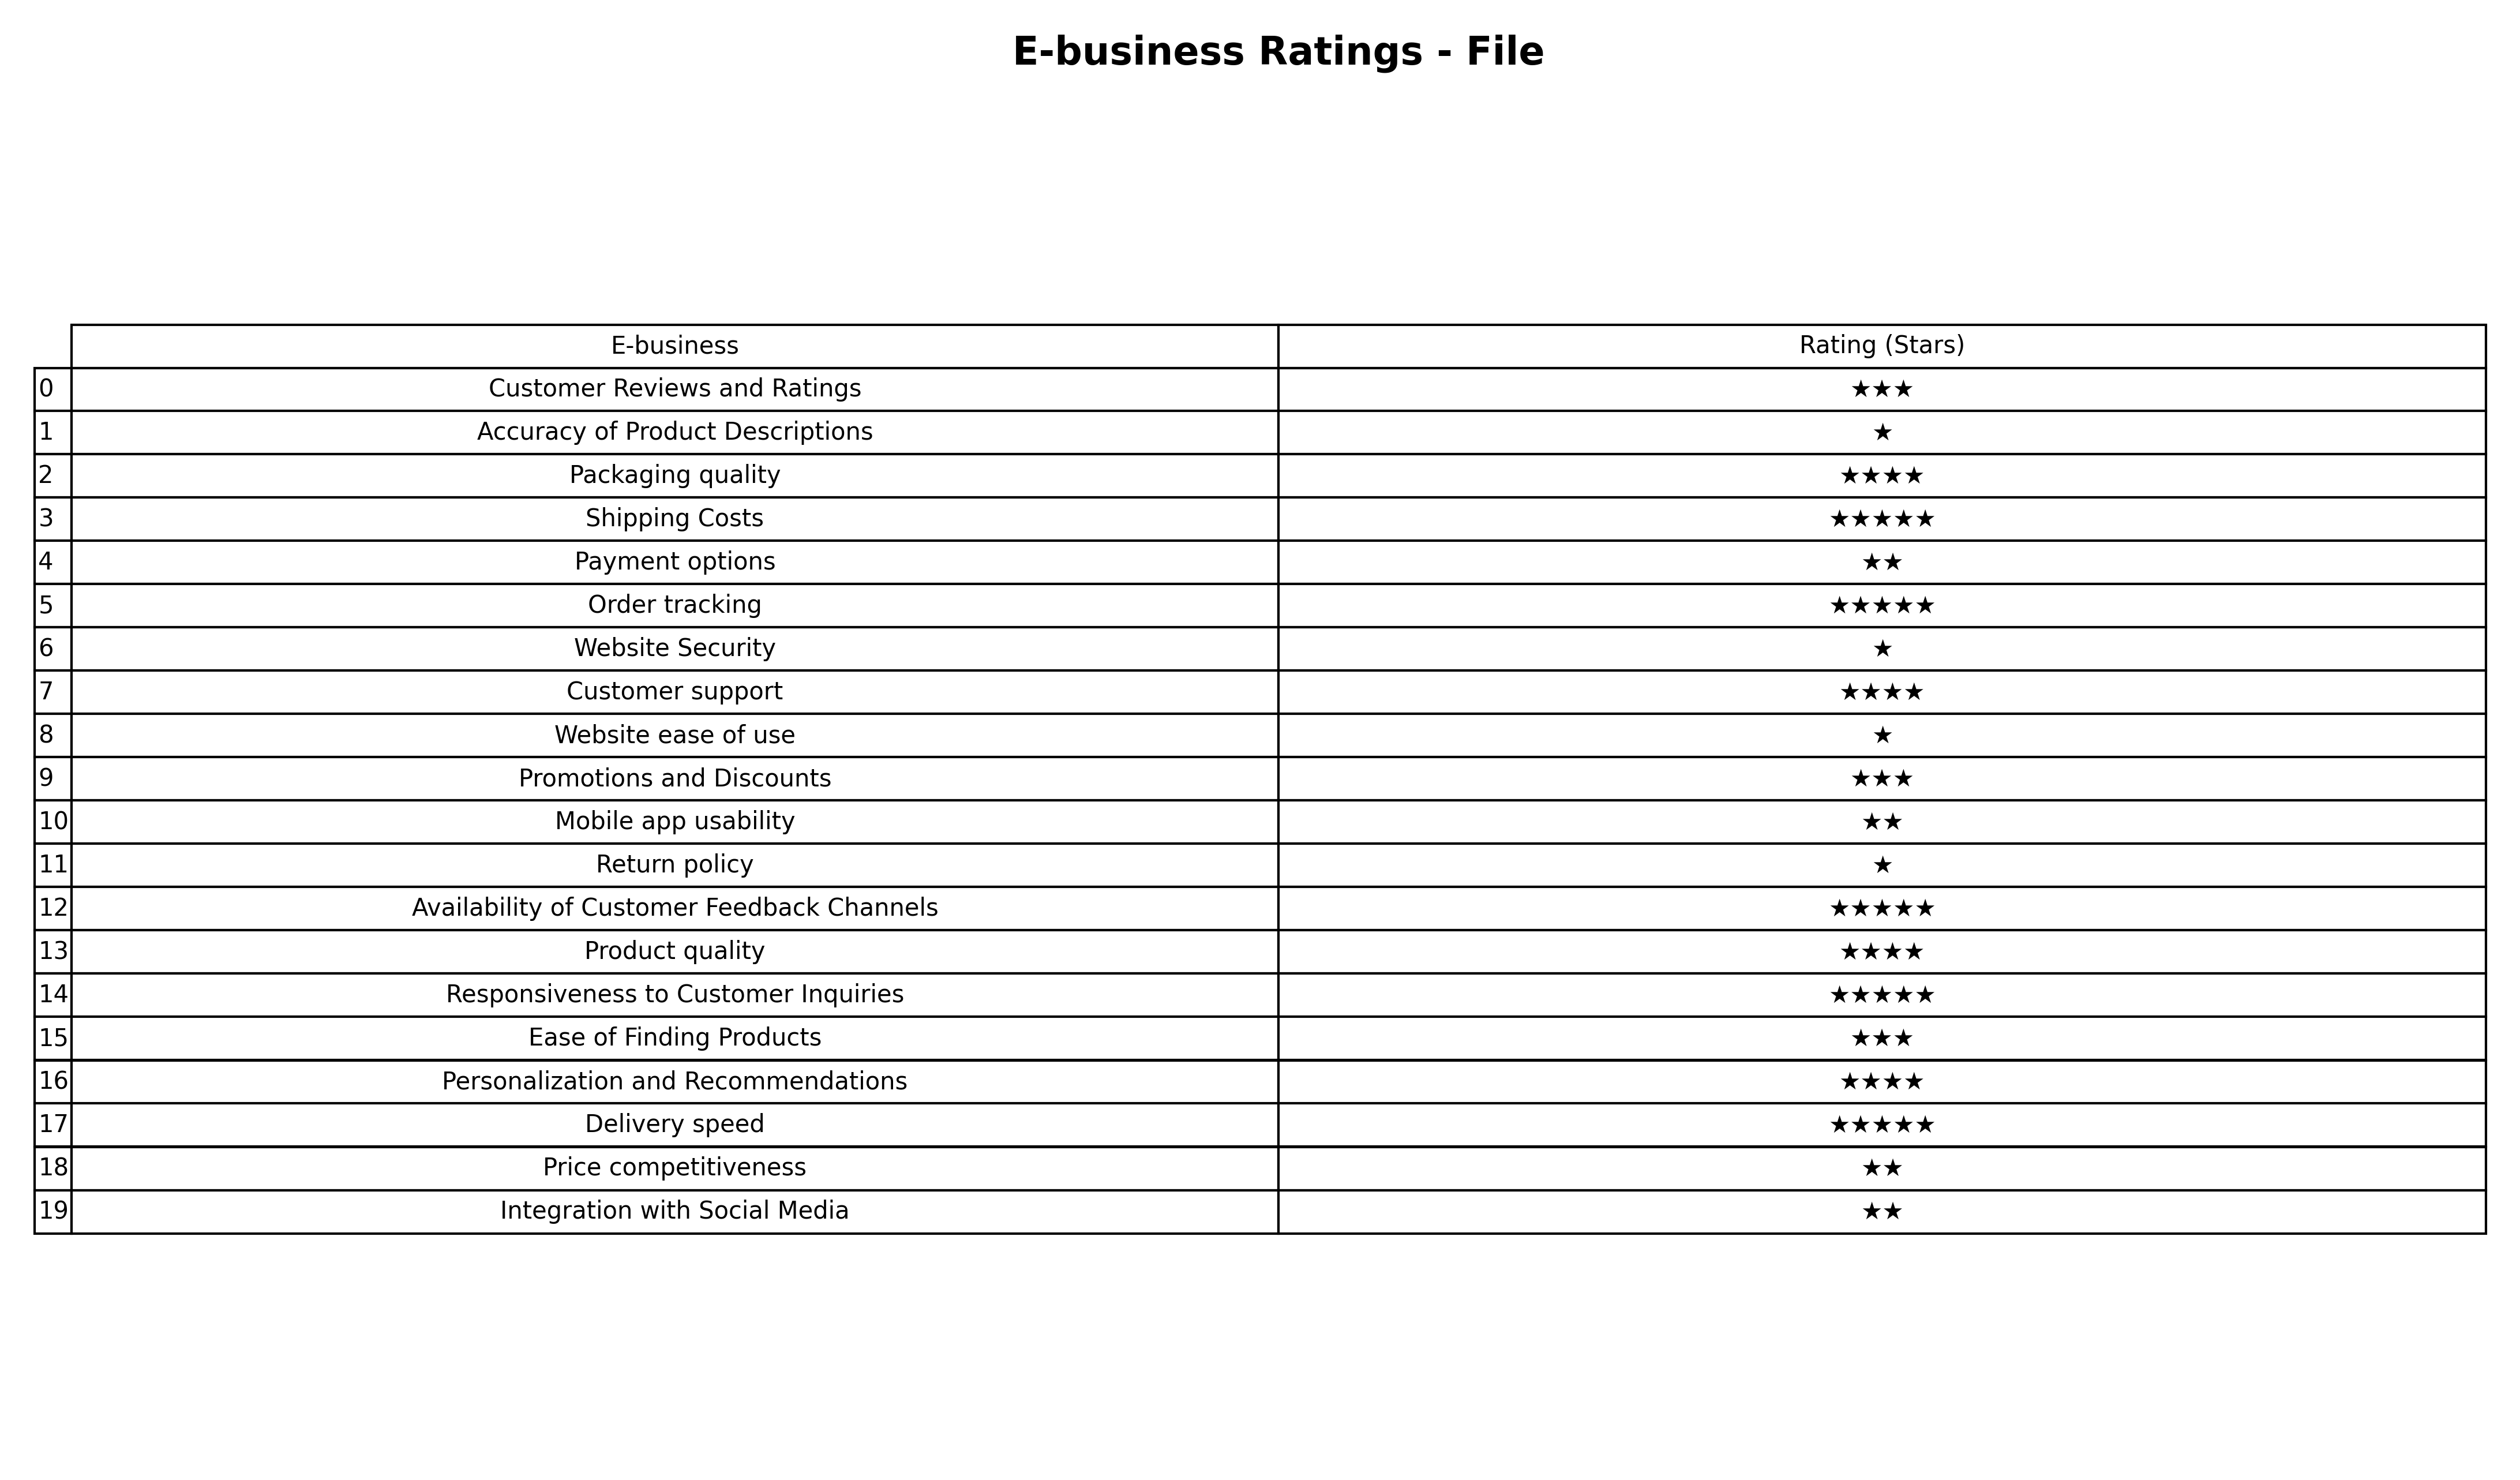
question: What are highest rating services?
answer: Shipping CostsOrder trackingAvailability of Customer Feedback ChannelsResponsiveness to Customer InquiriesDelivery speed